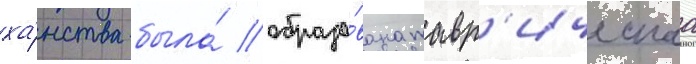
ха́нства была́ образо́вана тавр'ическаа